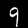
Digit: 9